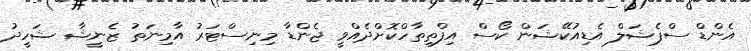
އެންޑް ސްޕެޝަލް އެޑިއުކޭޝަން ކޯސް އިފްތިތާހްކޮށްދެއްވީ ޖެންޑާ މިނިސްޓަރު އާމިނަތު ޒެނީޝާ ޝަހީދު